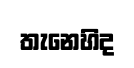
තැනෙහිද